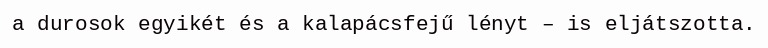
a durosok egyikét és a kalapácsfejű lényt – is eljátszotta.